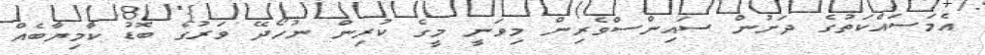
އެމަސައްކަތުގެ ދަށުން ސައިންސްވެރިން މިވަނީ މީގެ ކުރިން ނުހޯދޭ ވަރުގެ ބޮޑު ކާމިޔާބެއް